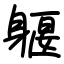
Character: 躽